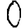
Digit: 0